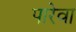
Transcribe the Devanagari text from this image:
पारेवा